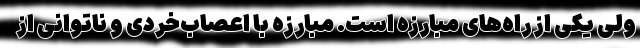
ولی یکی از راه‌های مبارزه است. مبارزه با اعصاب‌خُردی و ناتوانی از